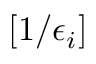
[ 1 / \epsilon _ { i } ]